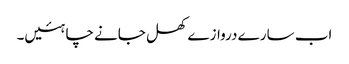
اب سارے دروازے کھل جانے چاہئیں۔